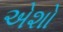
એશો